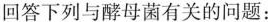
回答下列与酵母菌有关的问题：